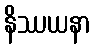
နိဿယနာ